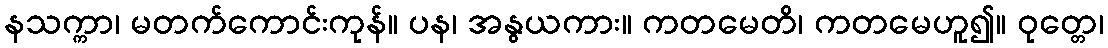
နသက္ကာ၊ မတက်ကောင်းကုန်။ ပန၊ အနွယကား။ ကတမေတိ၊ ကတမေဟူ၍။ ဝုတ္တေ၊